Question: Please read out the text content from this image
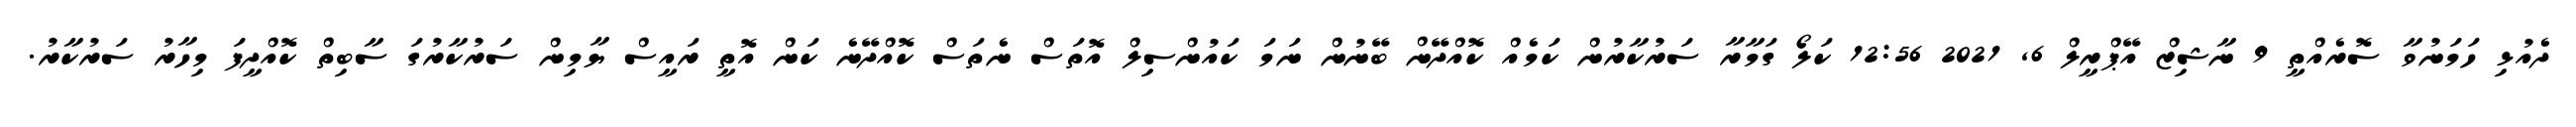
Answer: ދެއުޅި ހަމަނުވާ ސޮރެއްތީ 9 ނާޝިޒް އޭޕްރީލް 6, 2021 12:56 ކަލޯ ގަމާރާ ސަރުކާރުން ކަމެއް ކޮއްދޭން ބޭނުން ނަމަ ކައުންސިލް އޮތަސް ނެތަސް ކޮއްދޭނެ ކަން އޮތީ ރައީސް ޔާމިން ސަރުކާރުގަ ސާބިތް ކޮއްދީފަ މިހާރު ސަރުކާރު.